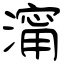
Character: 澝